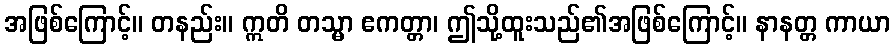
အဖြစ်ကြောင့်။ တနည်း။ ဣတိ တသ္မာ ဧကတ္တာ၊ ဤသို့ထူးသည်၏အဖြစ်ကြောင့်။ နာနတ္တ ကာယာ